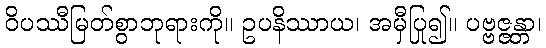
ဝိပဿီမြတ်စွာဘုရားကို။ ဥပနိဿာယ၊ အမှီပြု၍။ ပဗ္ဗဇ္ဇန္တာ၊